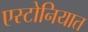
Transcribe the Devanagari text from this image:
एस्टोनियात